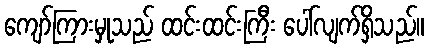
ကျော်ကြားမှုသည် ထင်းထင်းကြီး ပေါ်လျက်ရှိသည်။